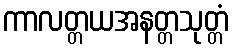
ကာလတ္တယအနတ္တသုတ္တံ